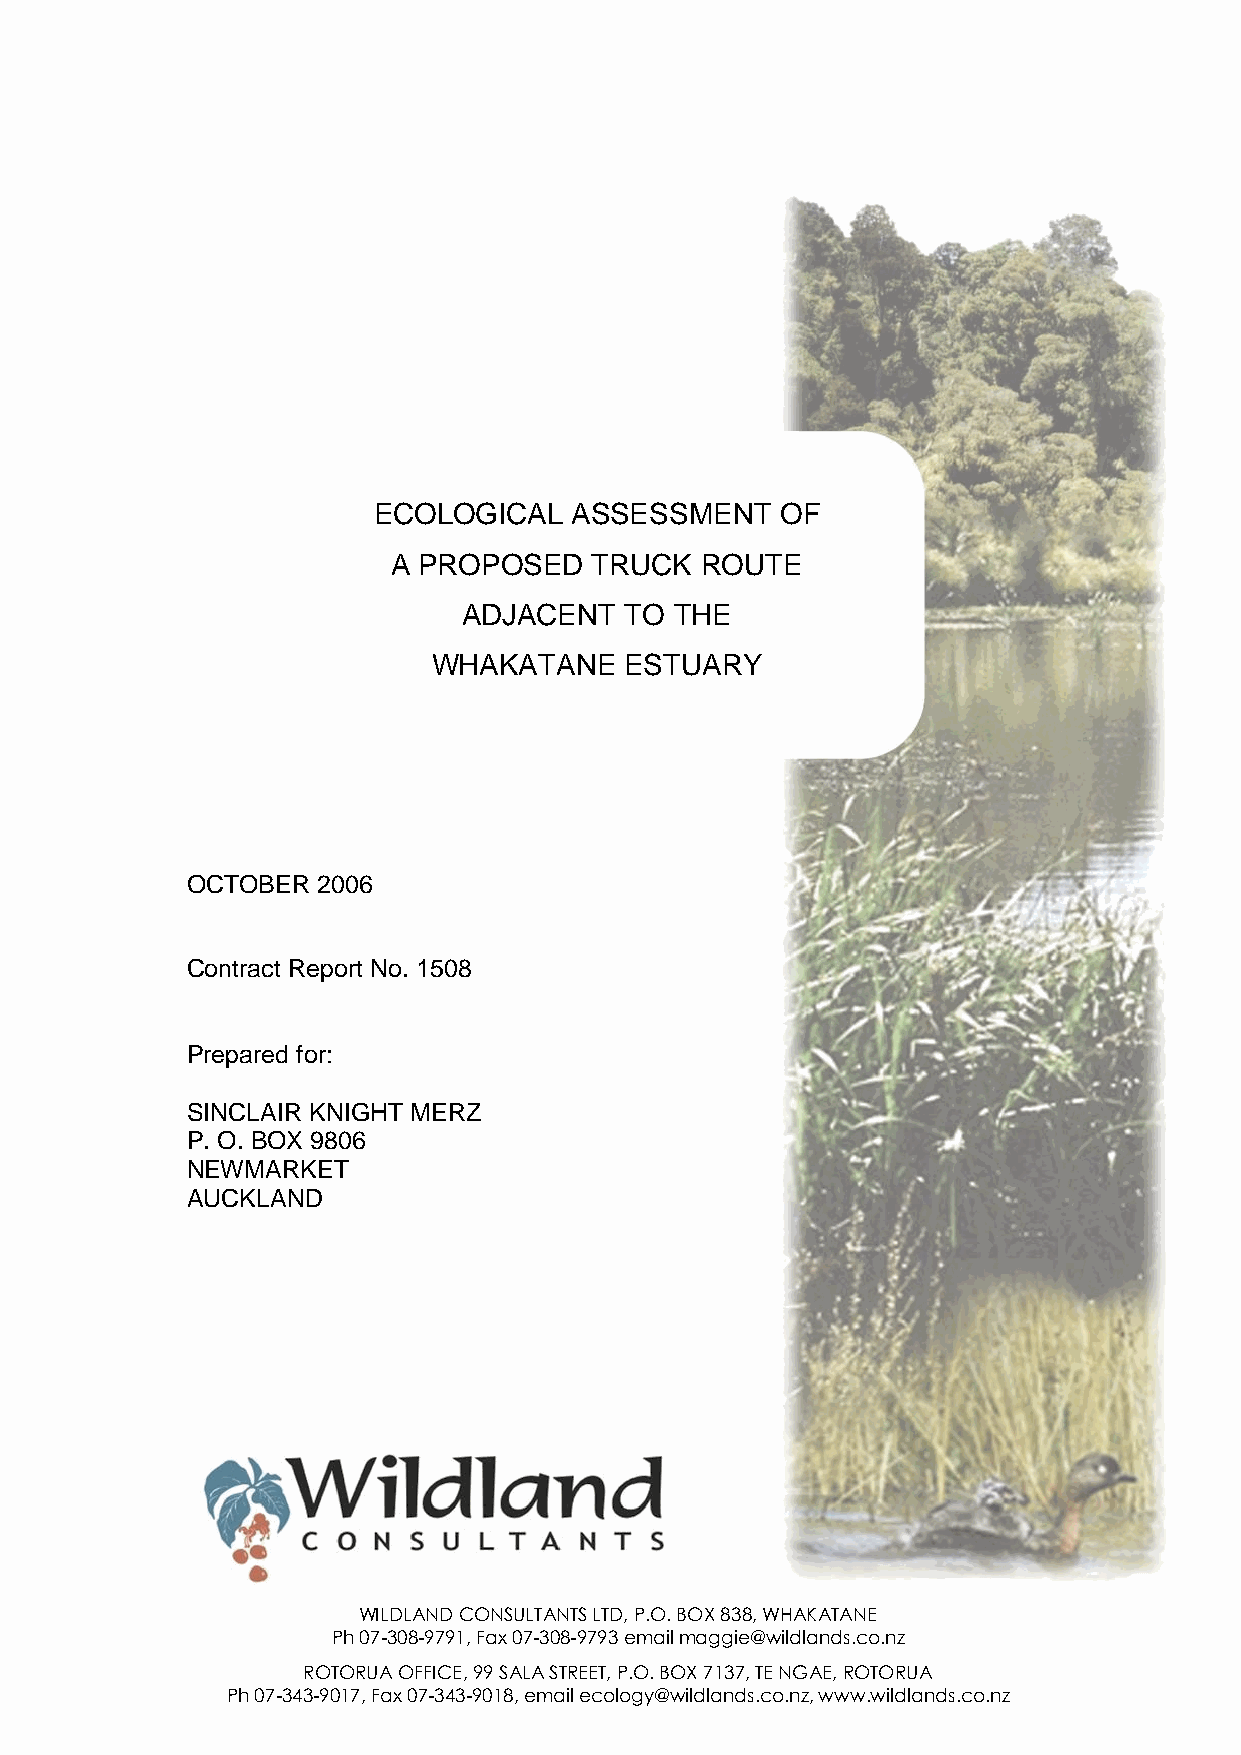
ECOLOGICAL   ASSESSMENT    OF
 A PROPOSED   TRUCK  ROUTE
 ADJACENT  TO  THE
 WHAKATANE   ESTUARY
 OCTOBER  2006
 Contract Report No. 1508
 Prepared for:
 SINCLAIR KNIGHT MERZ
 P. O. BOX 9806
 NEWMARKET
 AUCKLAND
 WILDLAND CONSULTANTS LTD, P.O. BOX 838, WHAKATANE
 Ph 07-308-9791, Fax 07-308-9793 email maggie@wildlands.co.nz
 ROTORUA OFFICE, 99 SALA STREET, P.O. BOX 7137, TE NGAE, ROTORUA
 Ph 07-343-9017, Fax 07-343-9018, email ecology@wildlands.co.nz, www.wildlands.co.nz